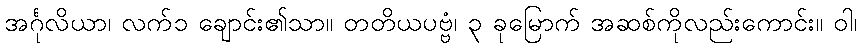
အင်္ဂုလိယာ၊ လက်၁ ချောင်း၏သာ။ တတိယပဗ္ဗံ၊ ၃ ခုမြောက် အဆစ်ကိုလည်းကောင်း။ ဝါ၊